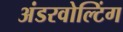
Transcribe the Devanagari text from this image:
अंडरवोल्टिंग